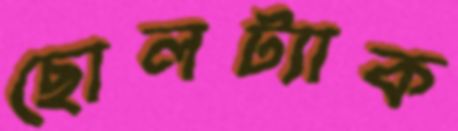
ছোলট্যাক